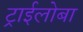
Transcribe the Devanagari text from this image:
ट्राईलोबा